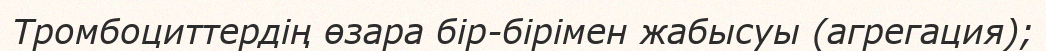
Тромбоциттердің өзара бір-бірімен жабысуы (агрегация);